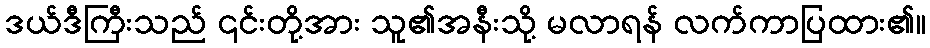
ဒယ်ဒီကြီးသည် ၎င်းတို့အား သူ၏အနီးသို့ မလာရန် လက်ကာပြထား၏။